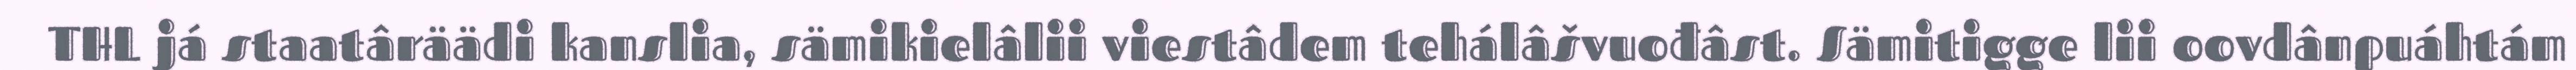
THL já staatâräädi kanslia, sämikielâlii viestâdem tehálâšvuođâst. Sämitigge lii oovdânpuáhtám